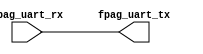
//////////////////////////////////////////////////////////////////////////////////
// Company: CEM SOLUTIONS PVT LTD
// 
// Design Name: 
// Module Name:    UART TESTING 
// Project Name: 
// Target Devices: 
// Tool versions: 
// Description: 
//
// Dependencies: 
//
// Revision: 
// Revision 0.01 - File Created
// Additional Comments: 
//
//////////////////////////////////////////////////////////////////////////////////



module UART_TESTING(
						 fpag_uart_rx 	,	
        fpag_uart_tx
						);

	input          fpag_uart_rx;	
	output         fpag_uart_tx;	
	wire	pipe1;
	assign	pipe1 = 	fpag_uart_rx;
	assign	fpag_uart_tx = fpag_uart_rx	;

endmodule